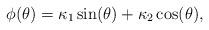
LaTeX: \begin{align*} \phi(\theta) = \kappa_1 \sin(\theta) + \kappa_2 \cos(\theta), \end{align*}